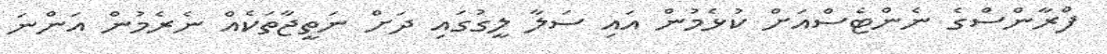
ފްރާންސްގެ ނެންޓެސްއަށް ކުޅެމުން އައި ސަލާ ލީގުގައި ދަށް ނަތީޖާތަކެއް ނެރެމުން އަންނަ